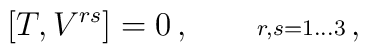
[T,V^{rs}]=0\,,\qquad{\scriptstyle r,s=1\ldots3}\,,